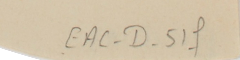
EAC-D-51f